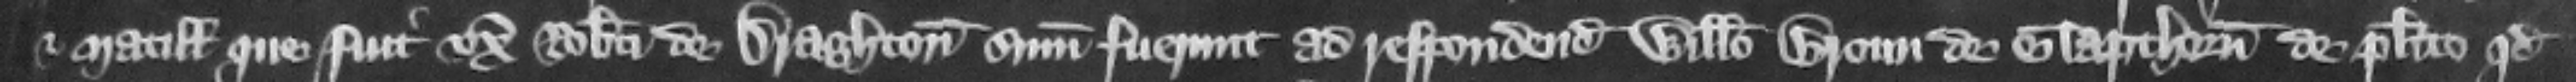
et Matillis que fuit vxor Roberti de Draghton summoniti fuerunt ad respondendum Willelmo Broun de Glapthorn de placito quod